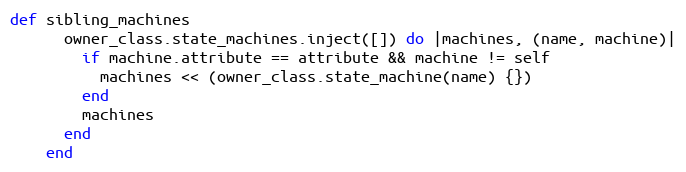
Language: Ruby
def sibling_machines
      owner_class.state_machines.inject([]) do |machines, (name, machine)|
        if machine.attribute == attribute && machine != self
          machines << (owner_class.state_machine(name) {})
        end
        machines
      end
    end